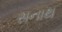
સનાથ